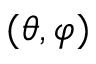
( \theta , \varphi )